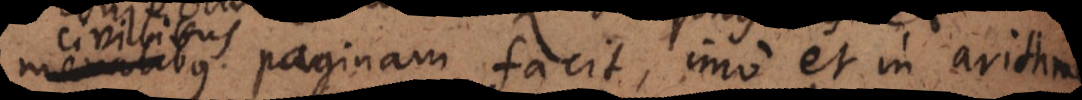
moralibus paginam facit, imo et in arithm